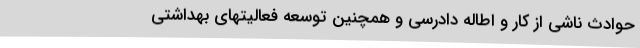
حوادث ناشی از کار و اطاله دادرسی و همچنین توسعه فعالیتهای بهداشتی